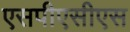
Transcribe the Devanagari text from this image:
एसपीएसीएस